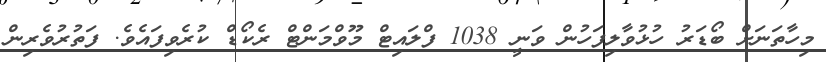
މިހާތަނަށް ބޯޑަރު ހުޅުވާލިފަހުން ވަނީ 1038 ފްލައިޓް މޫވްމަންޓް ރެކޯޑް ކުރެވިފައެވެ. ފަތުރުވެރިން